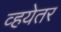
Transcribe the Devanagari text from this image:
व्हयेतर